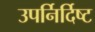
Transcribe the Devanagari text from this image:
उपर्निर्दिष्ट